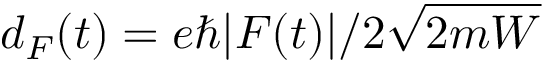
d _ { F } ( t ) = e \hbar | F ( t ) | / 2 \sqrt { 2 m W }